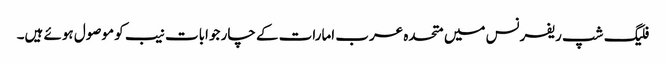
فلیگ شپ ریفرنس میں متحدہ عرب امارات کے چار جوابات نیب کو موصول ہوئے ہیں۔